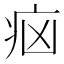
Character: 𤵅